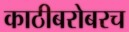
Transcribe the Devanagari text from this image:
काठीबरोबरच